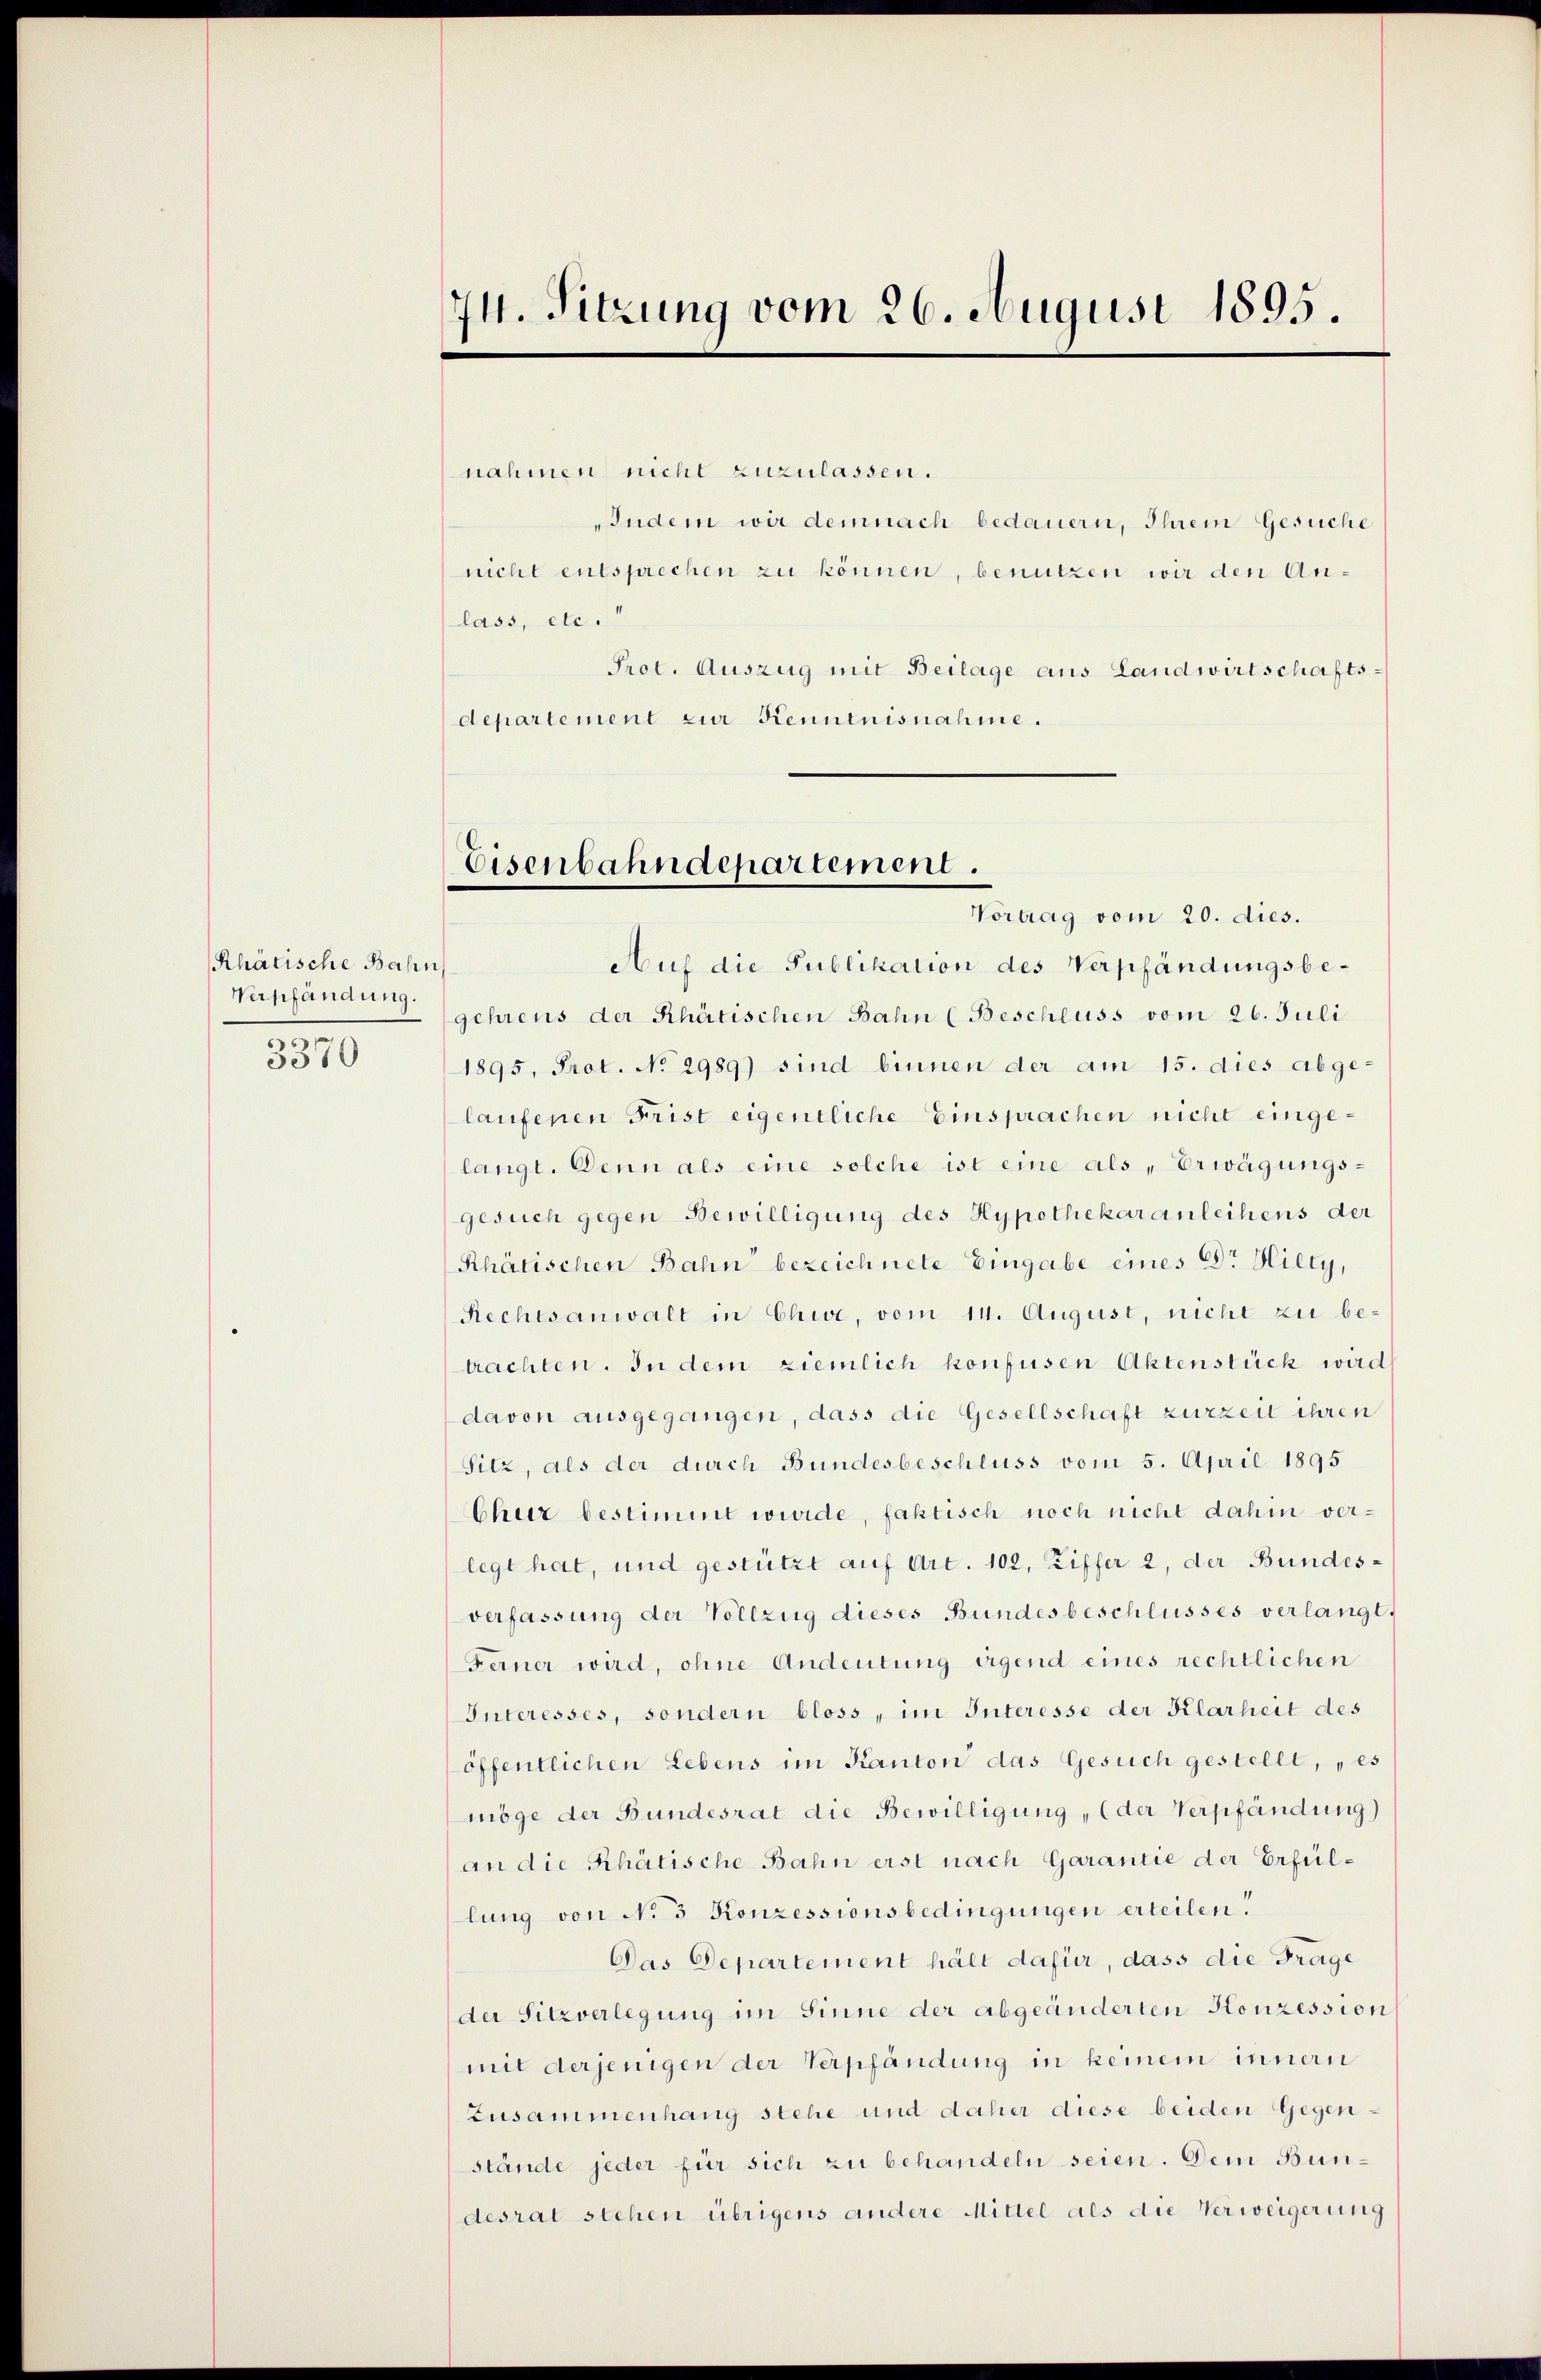
Rhätische Bahn,
Verpfändung.
3370

74. Sitzung vom 26. August 1895.

nahmen nicht zuzulassen.
„Indem wir demnach bedauern, Ihrem Gesuche
nicht entsprechen zu können, benutzen wir den Anlass, etc.
Prot. Auszug mit Beilage aus Landwirtschafts-
departement zur Kenntnisnahme.

Eisenbahndepartement.
Vortrag vom 20. dies.

Auf die Publikation des Verpfändungsbegehrens der Rhätischen Bahn (Beschluss vom 26. Juli
1895, Prot. No 2989) sind binnen der am 15. dies abge-
laufenen Frist eigentliche Einsprachen nicht eingelangt. Denn als eine solche ist eine als Erwägungs-
gesuch gegen Bewilligung des Hypothekar anleihens der
Rhätischen Bahn bezeichnete Eingabe eines Dr. Hilty,
Rechtsanwalt in Chie, vom 14. August, nicht zu be-
trachten. In dem ziemlich konfusen Aktenstück wird
davon ausgegangen, dass die Gesellschaft zurzeit ihren
Sitz, als der durch Bundesbeschluss vom 5. April 1895
Chur bestimmt wurde, faktisch noch nicht dahin verlegt hat, und gestützt auf Art. 102, Ziffer 2, der Bundesverfassung der Vollzug dieses Bundesbeschlusses verlangt,
Ferner wird, ohne Andeutung irgend eines rechtlichen
Interesses, sondern bloss, im Interesse der Klarheit des
öffentlichen Lebens im Kanton das Gesuch gestellt, „es
möge der Bundesrat die Bewilligung, (der Verpfändung)
an die Rhätische Bahn erst nach Garantie der Erfüllung von No 3 Konzessionsbedingungen erteilen.
Das Departement hält dafür, dass die Frage
der Sitzverlegung im Sinne der abgeänderten Konzession
mit derjenigen der Verpfändung in keinem innern
Zusammenhang stehe und daher diese beiden Gegenstände jeder für sich zu behandeln seien. Dem Bundesrat stehen übrigens andere Mittel als die Verweigerung